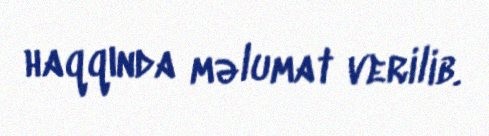
haqqında məlumat verilib.